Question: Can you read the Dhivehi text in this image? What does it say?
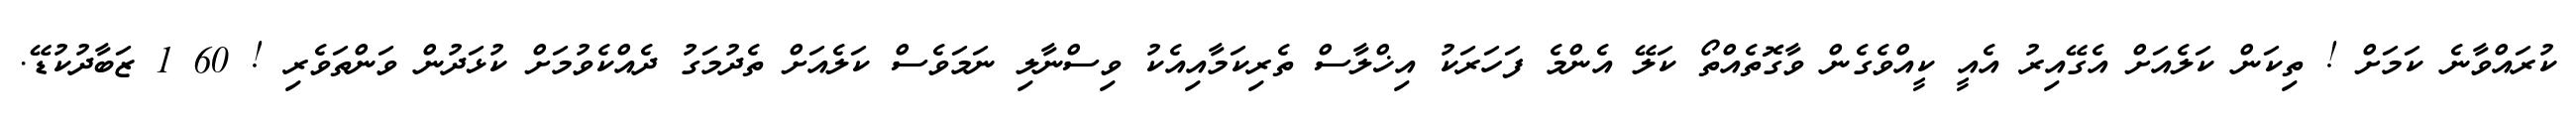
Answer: ކުރައްވާނެ ކަމަށް ! ތިކަން ކަލެއަށް އެގޭއިރު އެއީ ކީއްވެގެން ވާގޮތެއްތޯ ކަލޭ އެންމެ ފަހަރަކު އިޚްލާސް ތެރިކަމާއިއެކު ވިސްނާލި ނަމަވެސް ކަލެއަށް ތެދުމަގު ދެއްކެވުމަށް ކުޅަދުން ވަންތަވެރި ! 60 1 ޒަބާދުކުޑޭ.